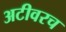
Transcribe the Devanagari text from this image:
अटीवरच